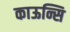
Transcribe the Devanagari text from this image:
काऊन्सि